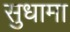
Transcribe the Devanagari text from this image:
सुधामा